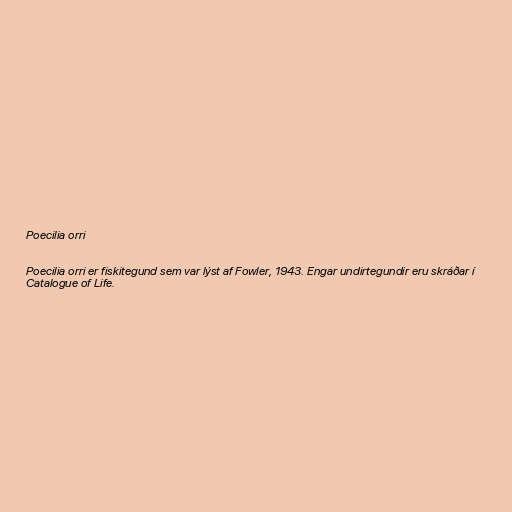
Poecilia orri

Poecilia orri er fiskitegund sem var lýst af Fowler, 1943. Engar undirtegundir eru skráðar í
Catalogue of Life.